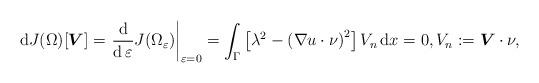
LaTeX: \begin{align*}\operatorname{d}\!J(\Omega)[\boldsymbol{V}]= \left. \frac{\operatorname{d}}{\operatorname{d}\varepsilon} J(\Omega_{\varepsilon})\right|_{\varepsilon = 0}= \int_{\Gamma} \left[ \lambda^2 - \left( \nabla u \cdot {\nu} \right)^2\right] V_{n} \operatorname{d}\!x=0,V_{n}:= \boldsymbol{V} \cdot {\nu},\end{align*}